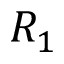
R _ { 1 }